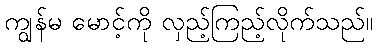
ကျွန်မ မောင့်ကို လှည့်ကြည့်လိုက်သည်။